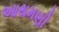
આથમણી